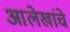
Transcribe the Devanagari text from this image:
आलेखांचे